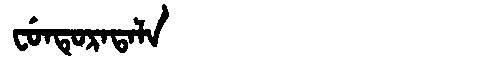
Manchu: ᠸᡠᠨᡨᡠᡵᠠᡨᠠᠯᠠ
Romanization: FUNTURATALA